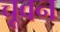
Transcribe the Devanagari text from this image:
चूवन